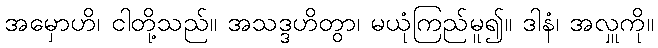
အမှောဟိ၊ ငါတို့သည်။ အသဒ္ဒဟိတွာ၊ မယုံကြည်မူ၍။ ဒါနံ၊ အလှူကို။